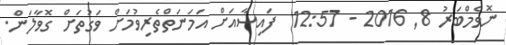
ނޮވެމްބަރު 8